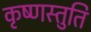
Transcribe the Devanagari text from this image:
कृष्णस्तुति